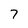
Character: 7